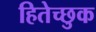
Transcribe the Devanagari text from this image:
हितेच्छुक